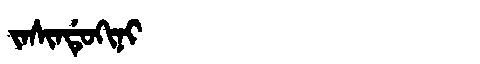
Manchu: ᠵᠠᠰᡳᠨᡩᡠᡴᡳᠨᡳ
Romanization: JASINDUKINI